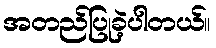
အတည်ပြုခဲ့ပါတယ်။